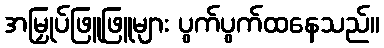
အမြှုပ်ဖြူဖြူများ ပွက်ပွက်ထနေသည်။